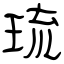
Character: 琉